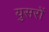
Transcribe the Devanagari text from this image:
युसरों